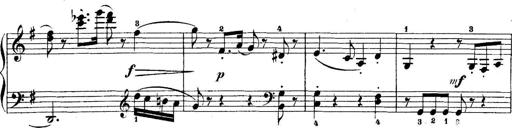
Title: 5 Sonatinas
Composer: Theodor Kirchner